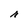
Character: r